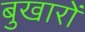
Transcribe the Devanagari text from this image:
बुखारों